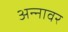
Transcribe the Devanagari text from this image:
अन्‍नावर